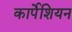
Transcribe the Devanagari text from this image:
कार्पेशियन